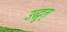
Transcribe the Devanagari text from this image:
उद्धृत्